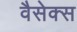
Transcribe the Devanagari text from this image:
वैसेक्स